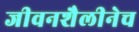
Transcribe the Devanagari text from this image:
जीवनशैलीनेच